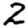
Digit: 2